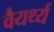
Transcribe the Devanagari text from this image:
वैयर्थ्य